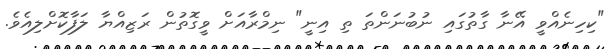
"ކިހިނެއްވީ އޭނާ ގާތުގައި ނުބުނަންތަ ތި އިނީ" ނިމްރާއަށް ވީގޮތުން ރަޒިއްޔާ ލަފާކޮށްލިއެވެ.